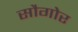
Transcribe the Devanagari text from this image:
सौगोर